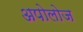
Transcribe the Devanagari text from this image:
अपोलोज